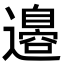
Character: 邉